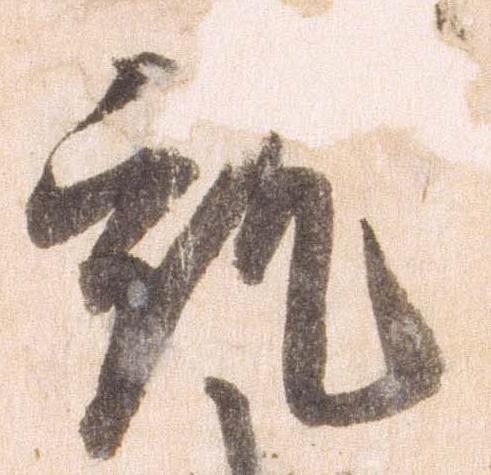
就